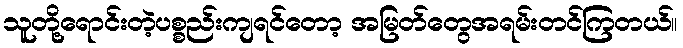
သူတို့ရောင်းတဲ့ပစ္စည်းကျရင်တော့ အမြတ်တွေအရမ်းတင်ကြတယ်။